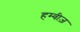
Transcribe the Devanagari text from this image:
हम्वीज़